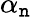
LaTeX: \alpha_{\mathtt{n}}